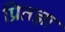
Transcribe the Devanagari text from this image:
प्रितज्ञा